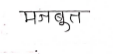
मजकूर: मजबुत